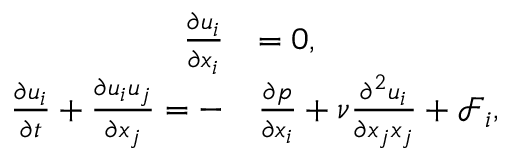
\begin{array} { r l } { \frac { \partial u _ { i } } { \partial x _ { i } } } & { = 0 , } \\ { \frac { \partial u _ { i } } { \partial t } + \frac { \partial u _ { i } u _ { j } } { \partial x _ { j } } = - } & { \frac { \partial p } { \partial x _ { i } } + \nu \frac { \partial ^ { 2 } u _ { i } } { \partial x _ { j } x _ { j } } + \mathcal { F } _ { i } , } \end{array}